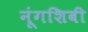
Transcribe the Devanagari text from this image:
नूंगशिबी